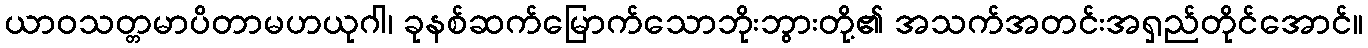
ယာဝသတ္တမာပိတာမဟယုဂါ၊ ခုနစ်ဆက်မြောက်သောဘိုးဘွားတို့၏ အသက်အတင်းအရှည်တိုင်အောင်။